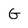
Character: G